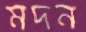
মদন